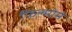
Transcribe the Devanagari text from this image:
फिल्मोमे